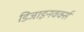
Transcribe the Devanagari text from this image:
डिजाइनवर्क्स